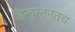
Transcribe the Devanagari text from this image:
हिन्दुस्तनतच